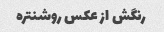
رنگش از عکس روشنتره